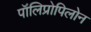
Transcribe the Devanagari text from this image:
पॉलिप्रोपिलोन